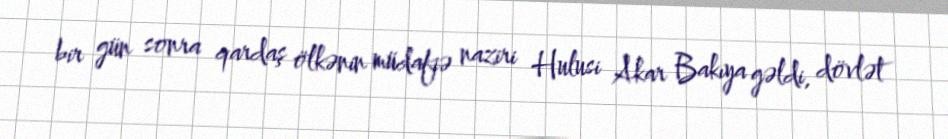
bir gün sonra qardaş ölkənin müdafiə naziri Hulusi Akar Bakıya gəldi, dövlət